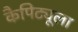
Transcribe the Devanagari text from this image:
कैपिट्यूला